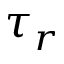
\tau _ { r }